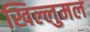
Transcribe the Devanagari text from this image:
खिल्लुमल